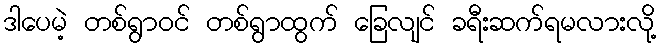
ဒါပေမဲ့ တစ်ရွာဝင် တစ်ရွာထွက် ခြေလျင် ခရီးဆက်ရမလားလို့